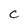
Character: C